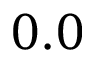
0 . 0